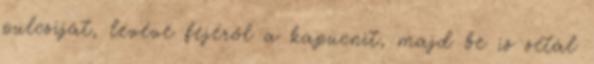
pulcsiját, levéve fejéről a kapucnit, majd be is sétál